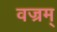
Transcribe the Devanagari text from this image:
वज्रम्